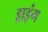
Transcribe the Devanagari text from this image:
ड्राइंंग